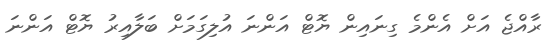
ރާއްޖެ އަށް އެންމެ ގިނައިން ޔޮޓް އަންނަ އުލިގަމަށް ބަލާއިރު ޔޮޓް އަންނަ